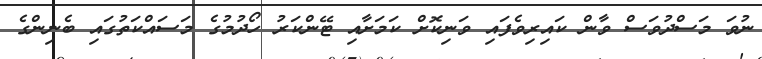
ނުވަ މަސްދުވަސް ވާން ކައިރިވެފައި ވަނިކޮށް ކަމަށާއި ޓޭންކަރު ހޯދުމުގެ މަސައްކަތުގައި ބެނިންގެ